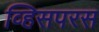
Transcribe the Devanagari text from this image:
व्हिसपरस